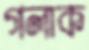
গলাক